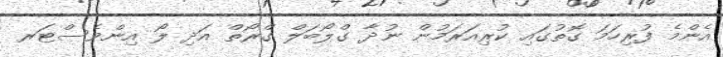
އެންމެ ފުރިހަމަ ގޮތުގައި ކުރިއަރަމުން ނުދާ ގްލޯބަލް ގްރޯތް އަދި ލޯ އިންވެސްޓަރ